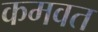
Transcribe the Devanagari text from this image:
कमवत